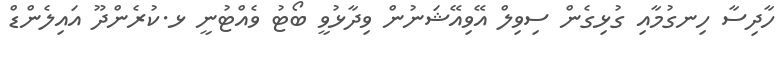
ހާދިސާ ހިނގުމާއި ގުޅިގެން ސިވިލް އޭވިއޭޝަނުން ވިދާޅުވީ ބޯޓު ވެއްޓުނީ ޅ.ކުރެންދޫ އައިލެންޑް